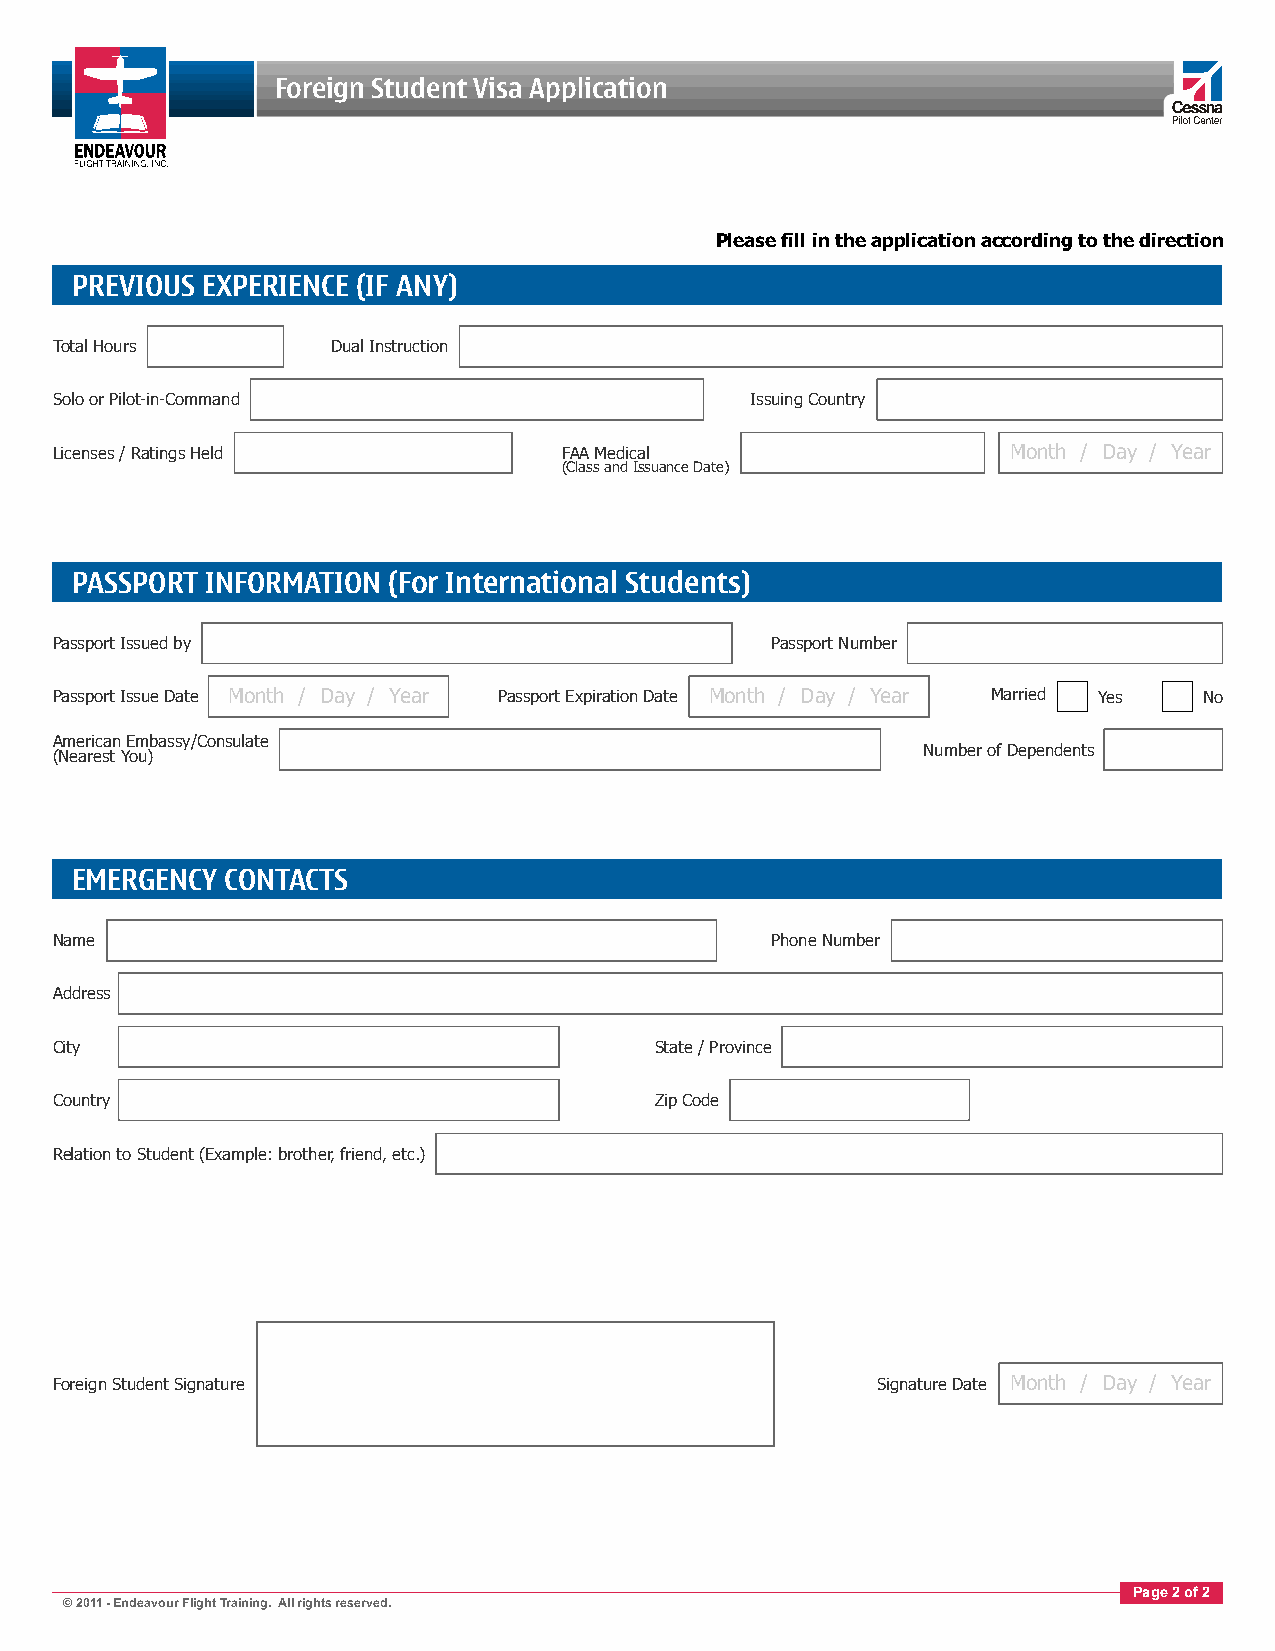
Foreign Student Visa Application
 Please fill in the application according to the direction
 PREVIOUS EXPERIENCE (IF ANY)
 Total Hours        Dual Instruction
 Solo or Pilot-in-Command                       Issuing Country
 Licenses / Ratings Held           FAA Medical                   Month / Day / Year
 (Class and Issuance Date)
 PASSPORT INFORMATION (For International Students)
 Passport Issued by                              Passport Number
 Passport Issue Date Month / Day / Year Passport Expiration Date Month / Day / Year Married Yes No
 American Embassy/Consulate
 Number of Dependents
 (Nearest You)
 EMERGENCY CONTACTS
 Name                                            Phone Number
 Address
 City                                    State / Province
 Country                                 Zip Code
 Relation to Student (Example: brother, friend, etc.)
 Foreign Student Signature                              Signature Date Month / Day / Year
 Page 2 of 2
 © 2011 - Endeavour Flight Training. All rights reserved.